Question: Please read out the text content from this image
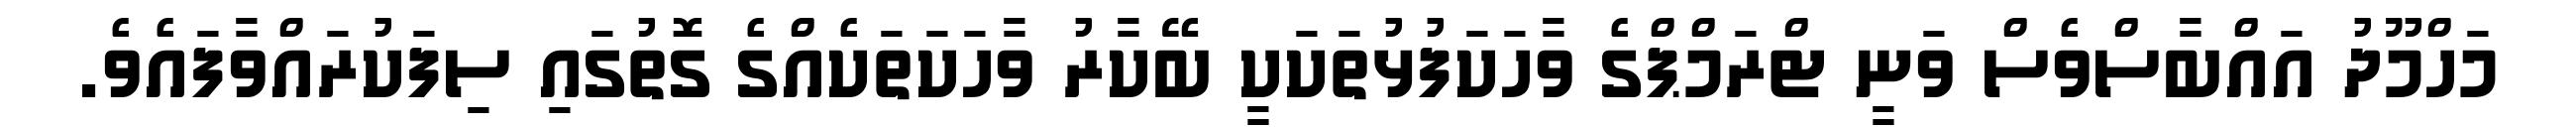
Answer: މަހްމޫދު އައްބާސްވެސް ވަނީ ޓްރަމްޕްގެ ވާހަކަފުޅުތަކަކީ ބޭކާރު ވާހަކަތަކެއްގެ ގޮތުގައި ސިފަކުރައްވާފައެވެ.